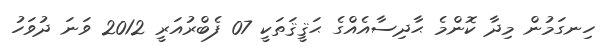
ހިނގަމުން މިދާ ކޮންމެ ޙާދިސާއެއްގެ ޙަޤީޤަތަކީ 07 ފެބްރުއަރީ 2012 ވަނަ ދުވަހު